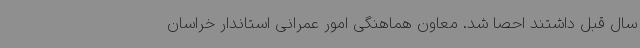
سال قبل داشتند احصا شد. معاون هماهنگی امور عمرانی استاندار خراسان